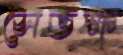
সেতক্ষ